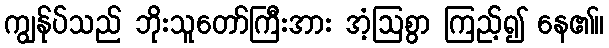
ကျွန်ုပ်သည် ဘိုးသူတော်ကြီးအား အံ့ဩစွာ ကြည့်၍ နေ၏။